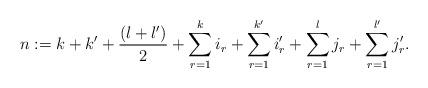
LaTeX: \begin{align*} n := k + k' + \frac{(l+l')}{2} + \sum_{r=1}^k i_r + \sum_{r=1}^{k'} i'_r + \sum_{r=1}^l j_r + \sum_{r=1}^{l'} j'_r.\end{align*}